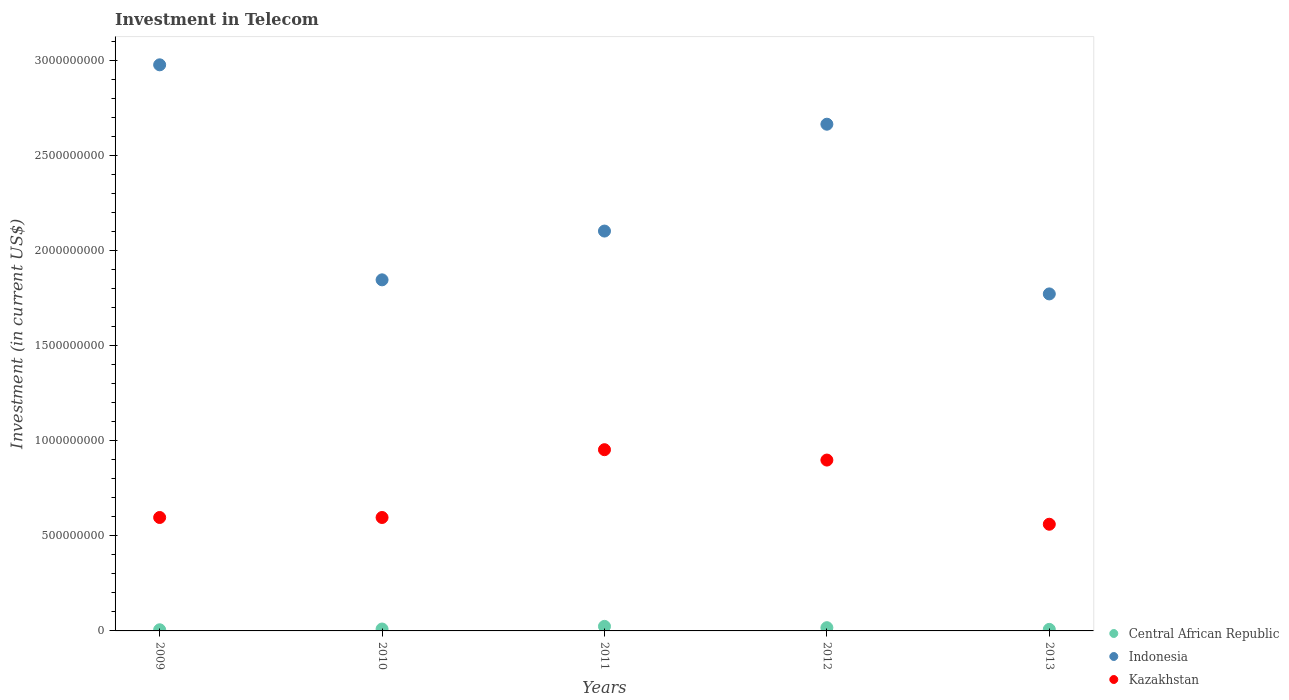
| Years | Central African Republic | Indonesia | Kazakhstan |
 | --- | --- | --- | --- |
 | 2009 | 6e+06 | 2.98e+09 | 5.96e+08 |
 | 2010 | 1e+07 | 1.85e+09 | 5.96e+08 |
 | 2011 | 2.39e+07 | 2.1e+09 | 9.53e+08 |
 | 2012 | 1.7e+07 | 2.66e+09 | 8.98e+08 |
 | 2013 | 8.1e+06 | 1.77e+09 | 5.61e+08 |